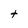
Character: t